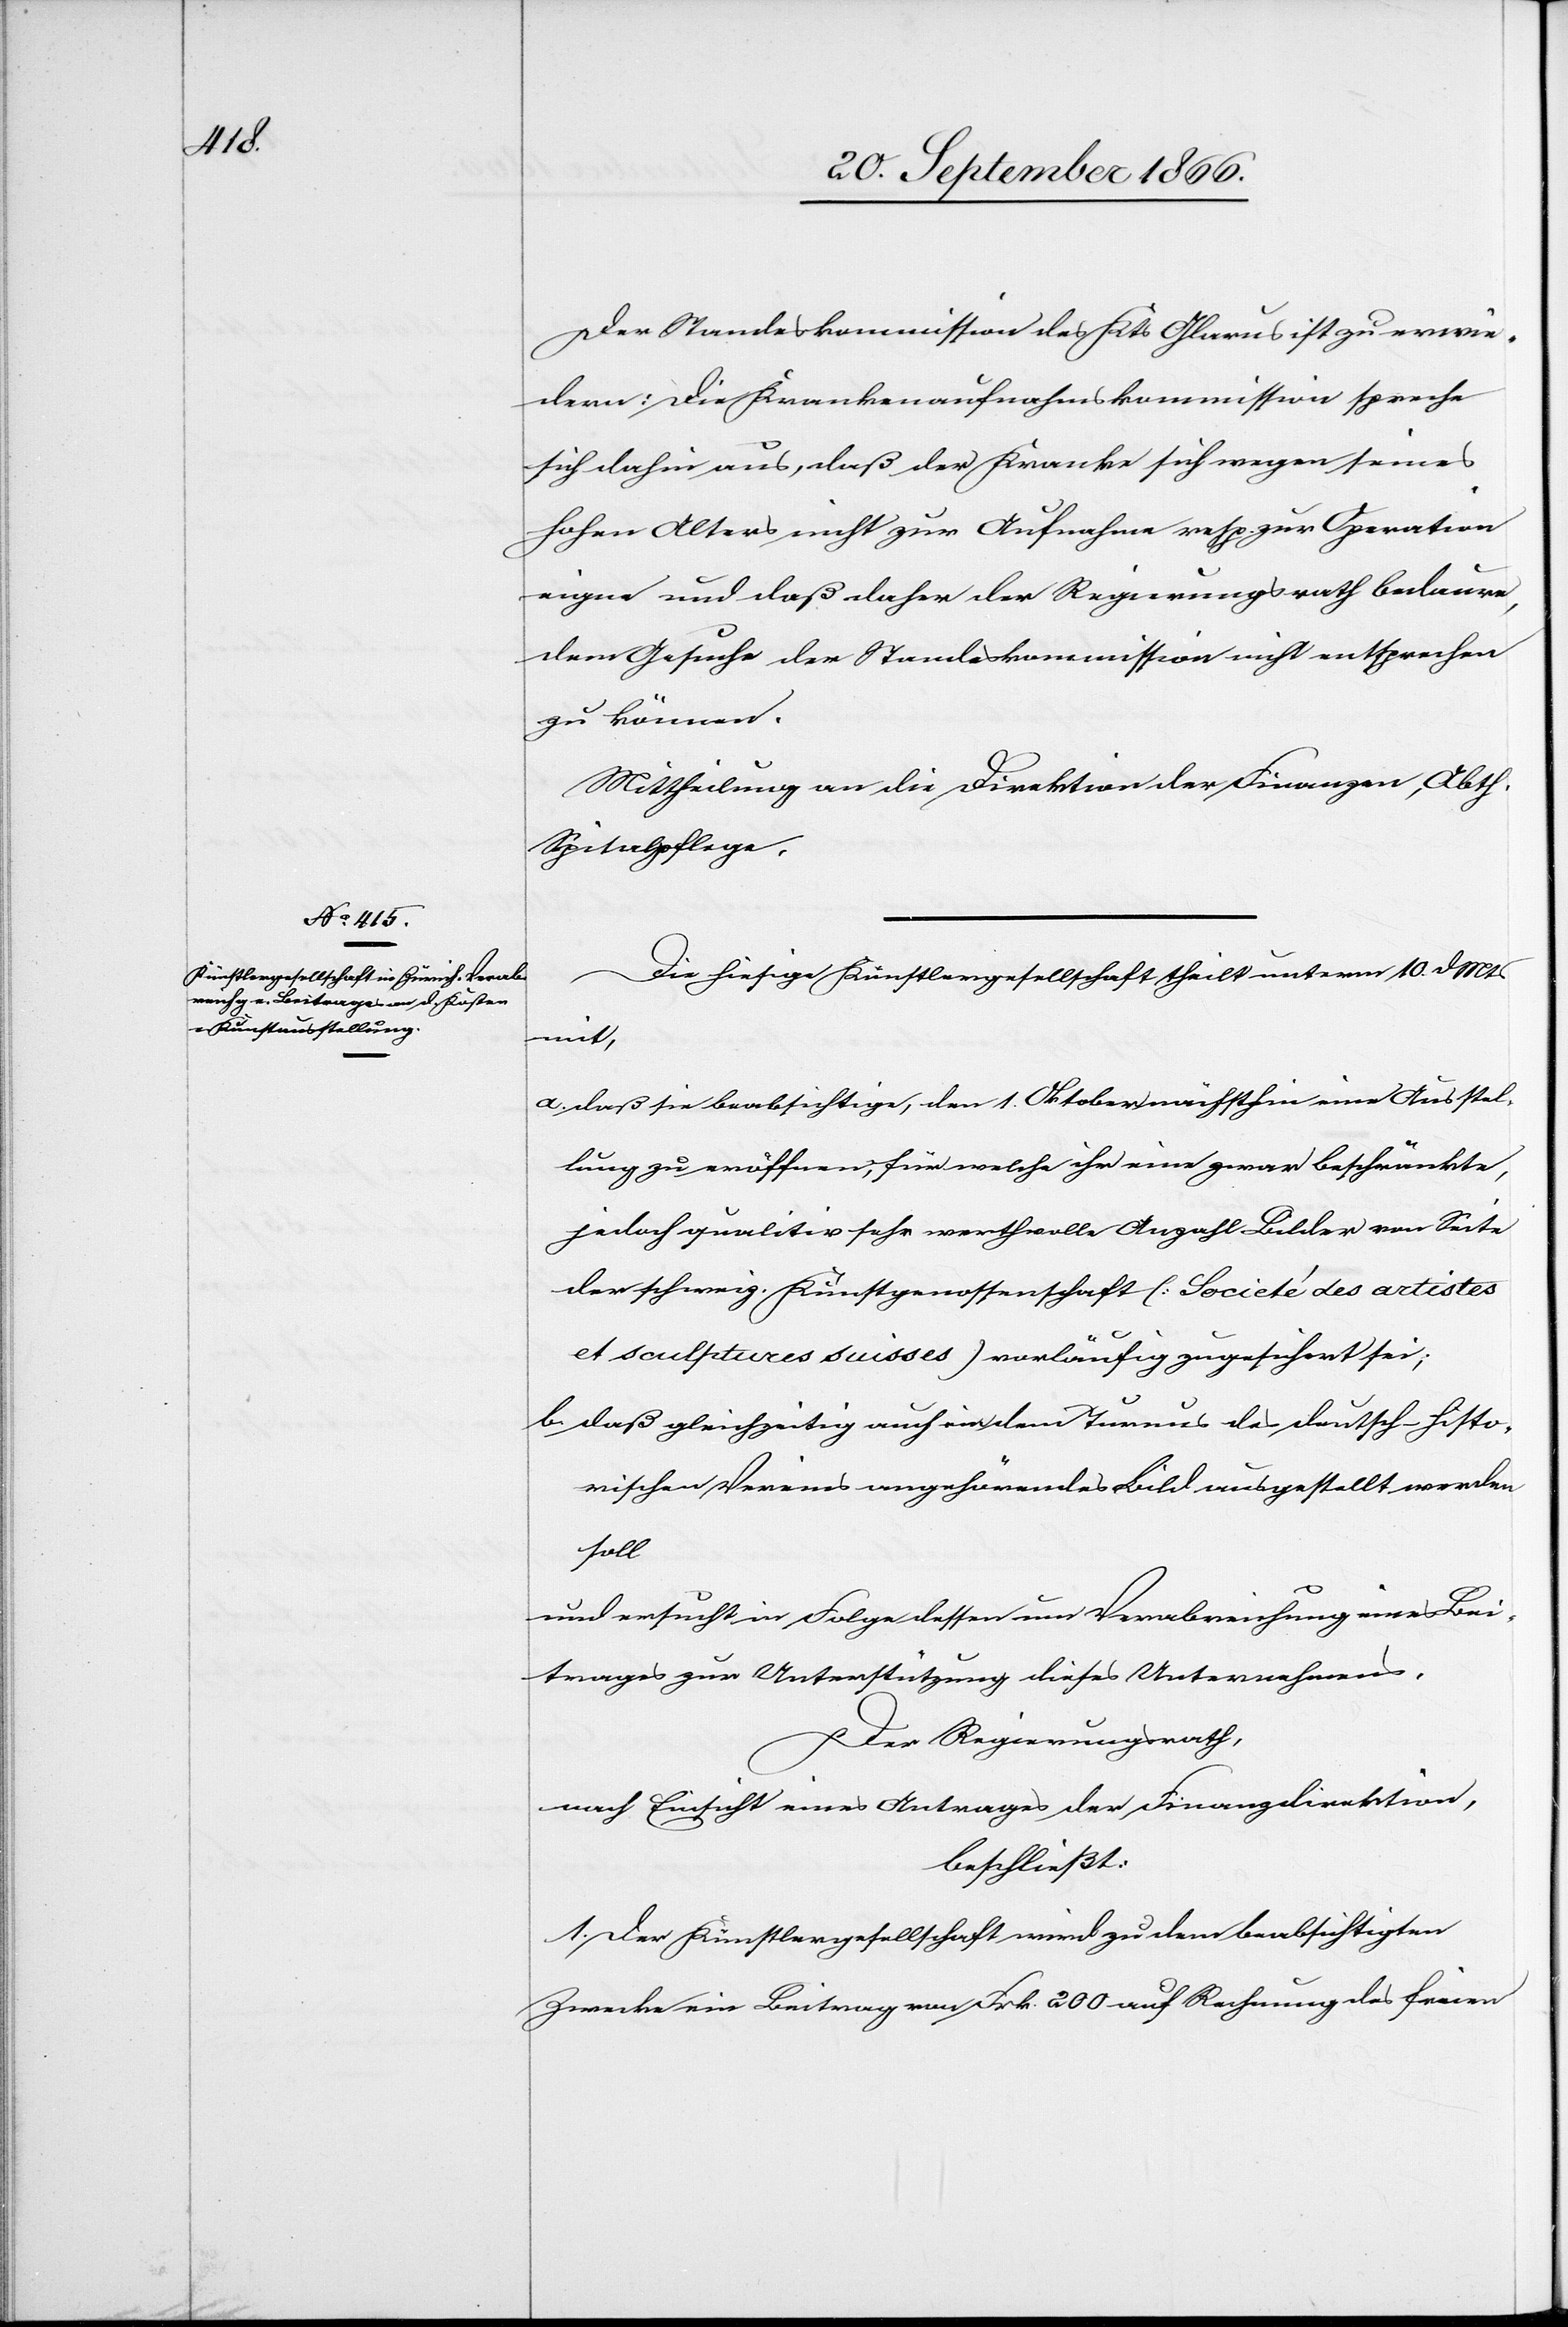
Der Standeskommission des Kts. Glarus ist zu erwie¬
dern: Die Krankenaufnahmskommission spreche
sich dahin aus, daß der Kranke sich wegen seines
hohen Alters nicht zur Aufnahme resp. zur Operation
eigne und daß daher der Regierungsrath bedaure,
dem Gesuche der Standeskommission nicht entsprechen
zu können.
Mittheilung an die Direktion der Finanzen, Abth.
Spitalpflege.
Die hiesige Künstlergesellschaft theilt unterm 10. dMts.
mit,
a. daß sie beabsichtige, den 1. Oktober eine Ausstel¬
lung zu eröffnen, für welche ihr eine zwar beschränkte,
jedoch qualitativ sehr werthvolle Anzahl Bilder von Seite
der schweiz. Kunstgenossenschaft [Societé des artistes
et sculptures suisses] vorläufig zugesichert sei;
b. daß gleichzeitig auch ein dem Turnus des deutsch-histo¬
rischen Vereins angehörendes Bild ausgestellt werden
soll
und ersucht in Folge dessen um Verabreichung eines Bei¬
trages zur Unterstützung dieses Unternehmens.
Der Regierungsrath,
nach Einsicht eines Antrages der Finanzdirektion,
beschließt:
1. Der Künstlergesellschaft wird zu dem beabsichtigten
Zwecke ein Beitrag von Frk. 200 auf Rechnung des freien